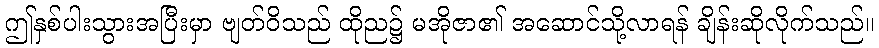
ဤနှစ်ပါးသွားအပြီးမှာ ဗျတ်ဝိသည် ထိုည၌ မအိုဇာ၏ အဆောင်သို့လာရန် ချိန်းဆိုလိုက်သည်။